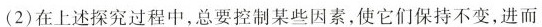
(2)在上述探究过程中，总要控制某些因素，使它们保持不变，进而